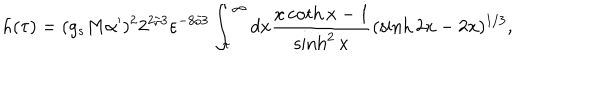
h ( \tau ) = ( g _ { s } M \alpha ^ { \prime } ) ^ { 2 } 2 ^ { 2 / 3 } \varepsilon ^ { - 8 / 3 } \int _ { \tau } ^ { \infty } d x { \frac { x \coth x - 1 } { \sinh ^ { 2 } x } } ( \sinh 2 x - 2 x ) ^ { 1 / 3 } ,